Report of the Indian Hemp Drugs Commission, 1894-1895 - Volume VI
Year: 1894
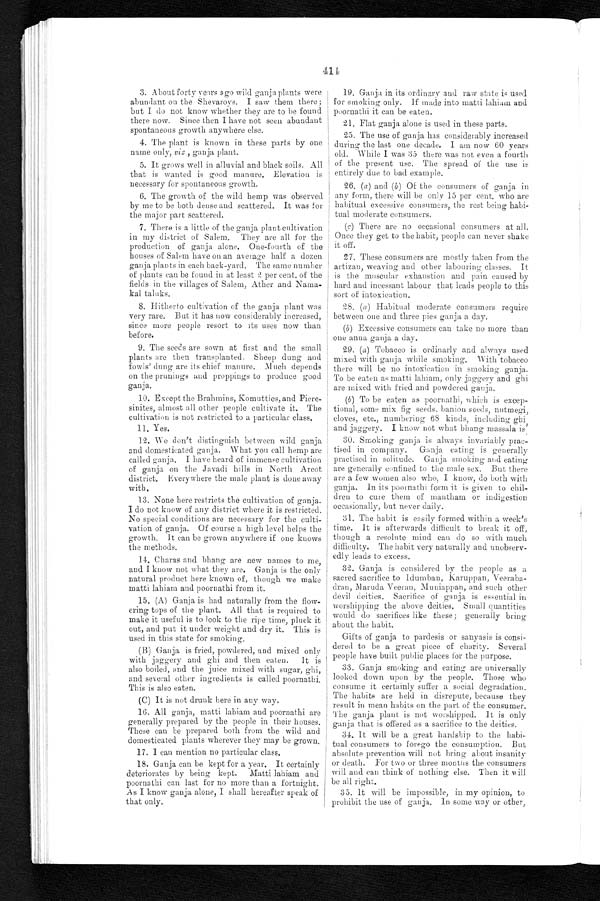
414
3. About forty years ago wild ganja plants were
abundant on the Shevaroys. I saw them there;
but I do not know whether they are to be found
there now. Since then I have not seen abundant
spontaneous growth anywhere else.
4. The plant is known in these parts by one
name only, viz., ganja plant.
5. It grows well in alluvial and black soils. All
that is wanted is good manure. Elevation is
necessary for spontaneous growth.
6. The growth of the wild hemp was observed
by me to be both dense and scattered. It was for
the major part scattered.
7. There is a little of the ganja plant cultivation
in my district of Salem. They are all for the
production of ganja alone. One-fourth of the
houses of Salem have on an average half a dozen
ganja plants in each back-yard. The same number
of plants can be found in at least 2 per cent. of the
fields in the villages of Salem, Ather and Nama
- k a l t a l u k s .
8. Hitherto cultivation of the ganja plant was
very rare. But it has now considerably increased,
since inure people resort to its uses now than
before.
9. The seeds are sown at first and the small
plants are then transplanted. Sheep dung and.
fowls' dung are its chief manure. Much depends
on the prunings and proppings to produce good
ganja.
10. Except the Brahmins, Komutties, and Piere
- s i n i t e s , a l m o s t a l l o t h e r p e o p l e c u l t i v a t e i t . T h e
cultivation is not restricted to a particular class.
11. Yes.
12. We don't distinguish between wild ganja
and domesticated ganja. What you call hemp are
called ganja. I have heard of immense cultivation
of ganja on the Javadi hills in North Arcot
district. Everywhere the male plant is done away
with.
1 3 . N o n e h e r e r e s t r i c t s t h e c u l t i v a t i o n o f g a n j a .
I do not know of any district where it is restricted.
No special conditions are necessary for the culti
- v a t i o n o f g a n j a . O f c o u r s e a h i g h l e v e l h e l p s t h e
growth. It can be grown anywhere if one knows
the methods.
1 4 . C h a r a s a n d b h a n g a r e n e w n a m e s t o m e ,
and I know not what they are. Ganja is the only
natural product here known of, though we make
matti lahiam and poornathi from it.
15. (A) Ganja is had naturally from the flow
- e r i n g t o p s o f t h e p l a n t . A l l t h a t i s r e q u i r e d t o
make it useful is to look to the ripe time, pluck it
out, and put it under weight and dry it. This is
used in this state for smoking.
(B) Ganja is fried, powdered, and mixed only
with jaggery and ghi and then eaten.
It is
also boiled, and the juice mixed with sugar
, ghi, and several other ingredients is called poornathi.
This is also eaten.
( C ) I t i s n o t d r u n k h e r e i n a n y w a y .
16. All ganja, matti lahiam and poornathi are
generally prepared by the people in their houses.
These can be prepared both from the wild and
domesticated plants wherever they may be grown.
17. I can mention no particular class.
18. Ganja can be kept for a year. It certainly
deteriorates by being kept. Matti lahiam and
poornathi can last for no more than a fortnight.
A s I know ganja alone, I shall hereafter speak of
that only.
1 19. Ganja in its ordinary and raw state is used
for smoking only. If made into matti lahiam and
poornathi it can be eaten.
21. Flat ganja alone is used in these parts.
25. The use of ganja has considerably increased
during the last one decade. I am now 60 years
old. While I was 35 there was not even a fourth
of the present use. The spread of the use is
entirely due to bad example.
26. (a ) and ( b ) Of the consumers of ganja in
any form, there will be only 15 per cent, who are
habitual excessive consumers, the rest being habi
- t u a l m o d e r a t e c o n s u m e r s .
(c) There are no occasional consumers at all.
Once they get to the habit, people can never shake
it off.
27. These consumers are mostly taken from the
artizan, weaving and other labouring . classes. It
is the muscular exhaustion and pain caused by
hard and incessant labour that leads people to this
sort of intoxication.
28. ( a ) Habitual moderate consumers require
between one and three pies ganja a day.
(b ) Excessive consumers can take no more than
one alma ganja a day.
29. ( a) Tobacco is ordinarly and always used
mixed with ganja while smoking. With tobacco
there will be no intoxication in smoking ganja.
To be eaten as matti lahiam, only jaggery and ghi
are mixed with fried and powdered ganja.
(b) To be eaten as poornathi, which is excep
- t i o n a l , s o m e m i x f i g s e e d s . b a n i o n s e e d s , n u t m e g i ,
cloves, etc., numbering 68 kinds, including ghi
and jaggery. I know not what bhang massala is'
30. Smoking ganja is always invariably prac-
tised in c
o m p a n y . G a n j a e a t i n g i s g e n e r a l l y
practised in solitude. Gaut smoking and eating
are generally confined to the male sex. But there
are a few women also who, I know, do both with
ganja. In its poornathi form it is given to chil
- d r e n t o c u t e t h e m o f m a n t h a m o r i n d i g e s t i o n
occasionally, but never daily.
31. The habit is easily formed within a week's
time. It is afterwards difficult to break it off,
though a resolute mind can do so with much
difficulty, The habit very naturally and unobserv
- e d l y l e a d s t o e x c e s s .
32. Ganja is considered by the people as a
sacred sacrifice to Idumban, karuppan, Veeraba
- d r a n , M a r u d a V e e r a n , M u n i a p p a n , a n d s u c h o t h e r
devil deities. Sacrifice of ganja is essential in
worshipping.; the above deities. Small quantities
would do sacrifices like these; generally bring
about the habit.
Gifts of ganja to pardesis or sanyasis is consi
- d e r e d t o b e a g r e a t p i e c e o f c h a r i t y . S e v e r a l
people have built public places for the purpose.
33. Ganja smoking and eating are universally
looked down upon by the people. Those who
consume it certainly suffer a social degradation.
The habits are held in disrepute, because they
I result in mean habits on the part of the consumer.
The ganja plant is not worshipped. It is only
ganja that is offered as a sacrifice to the deities.
34. It will be a great hardship to the habi
- t u a l c o n s u m e r s t o f o r e g o t h e c o n s u m p t i o n . B u t
absolute prevention will not bring about insanity
or death. for two or three months the consumers
will and can think of nothing else. Then it will
be all right.
35. It will be impossible, in my opinion, to
prohibit the use of ganja. In some way or other,